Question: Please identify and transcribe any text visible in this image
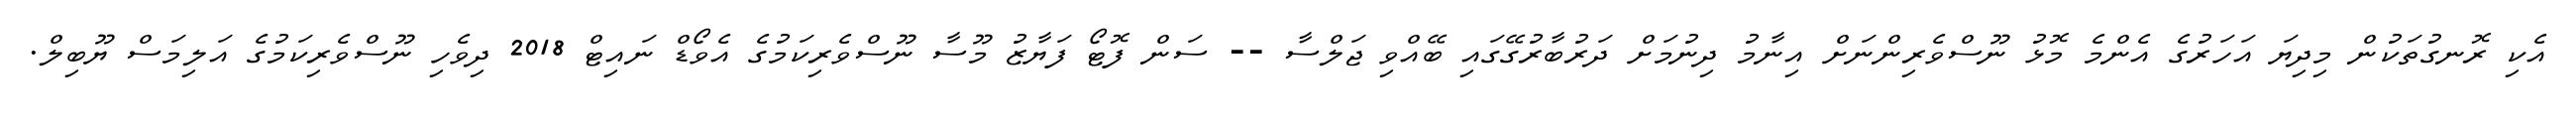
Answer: އެކި ރޮނގުތަކުން މިދިޔަ އަހަރުގެ އެންމެ މޮޅު ނޫސްވެރިންނަށް އިނާމު ދިނުމަށް ދަރުބާރުގޭގައި ބޭއްވި ޖަލްސާ -- ސަން ފޮޓޯ ފަޔާޒު މޫސާ ނޫސްވެރިކަމުގެ އެވޯޑް ނައިޓް 2018 ދިވެހި ނޫސްވެރިކަމުގެ އަލިމަސް ޔޫބިލް.